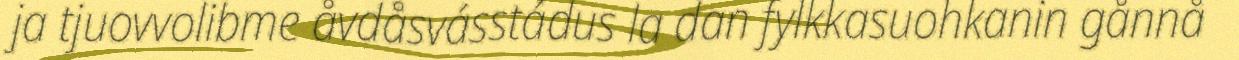
ja tjuovvolibme åvdåsvásstádus la dan fylkkasuohkanin gånnå